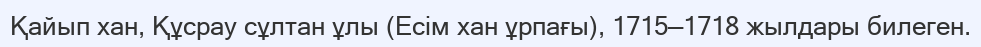
Қайып хан, Құсрау сұлтан ұлы (Есім хан ұрпағы), 1715—1718 жылдары билеген.